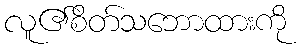
လူ၏စိတ်သဘောထားကို